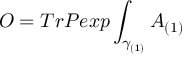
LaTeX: { \cal O } = T r P e x p \int _ { \gamma _ { ( 1 ) } } A _ { ( 1 ) }